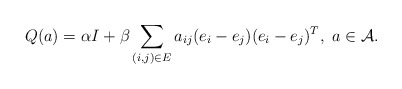
\begin{align*}Q(a)=\alpha I+\beta\sum_{(i,j)\in E}a_{ij}(e_{i}-e_{j})(e_{i}-e_{j})^{T},\ a\in\mathcal{A}.\end{align*}